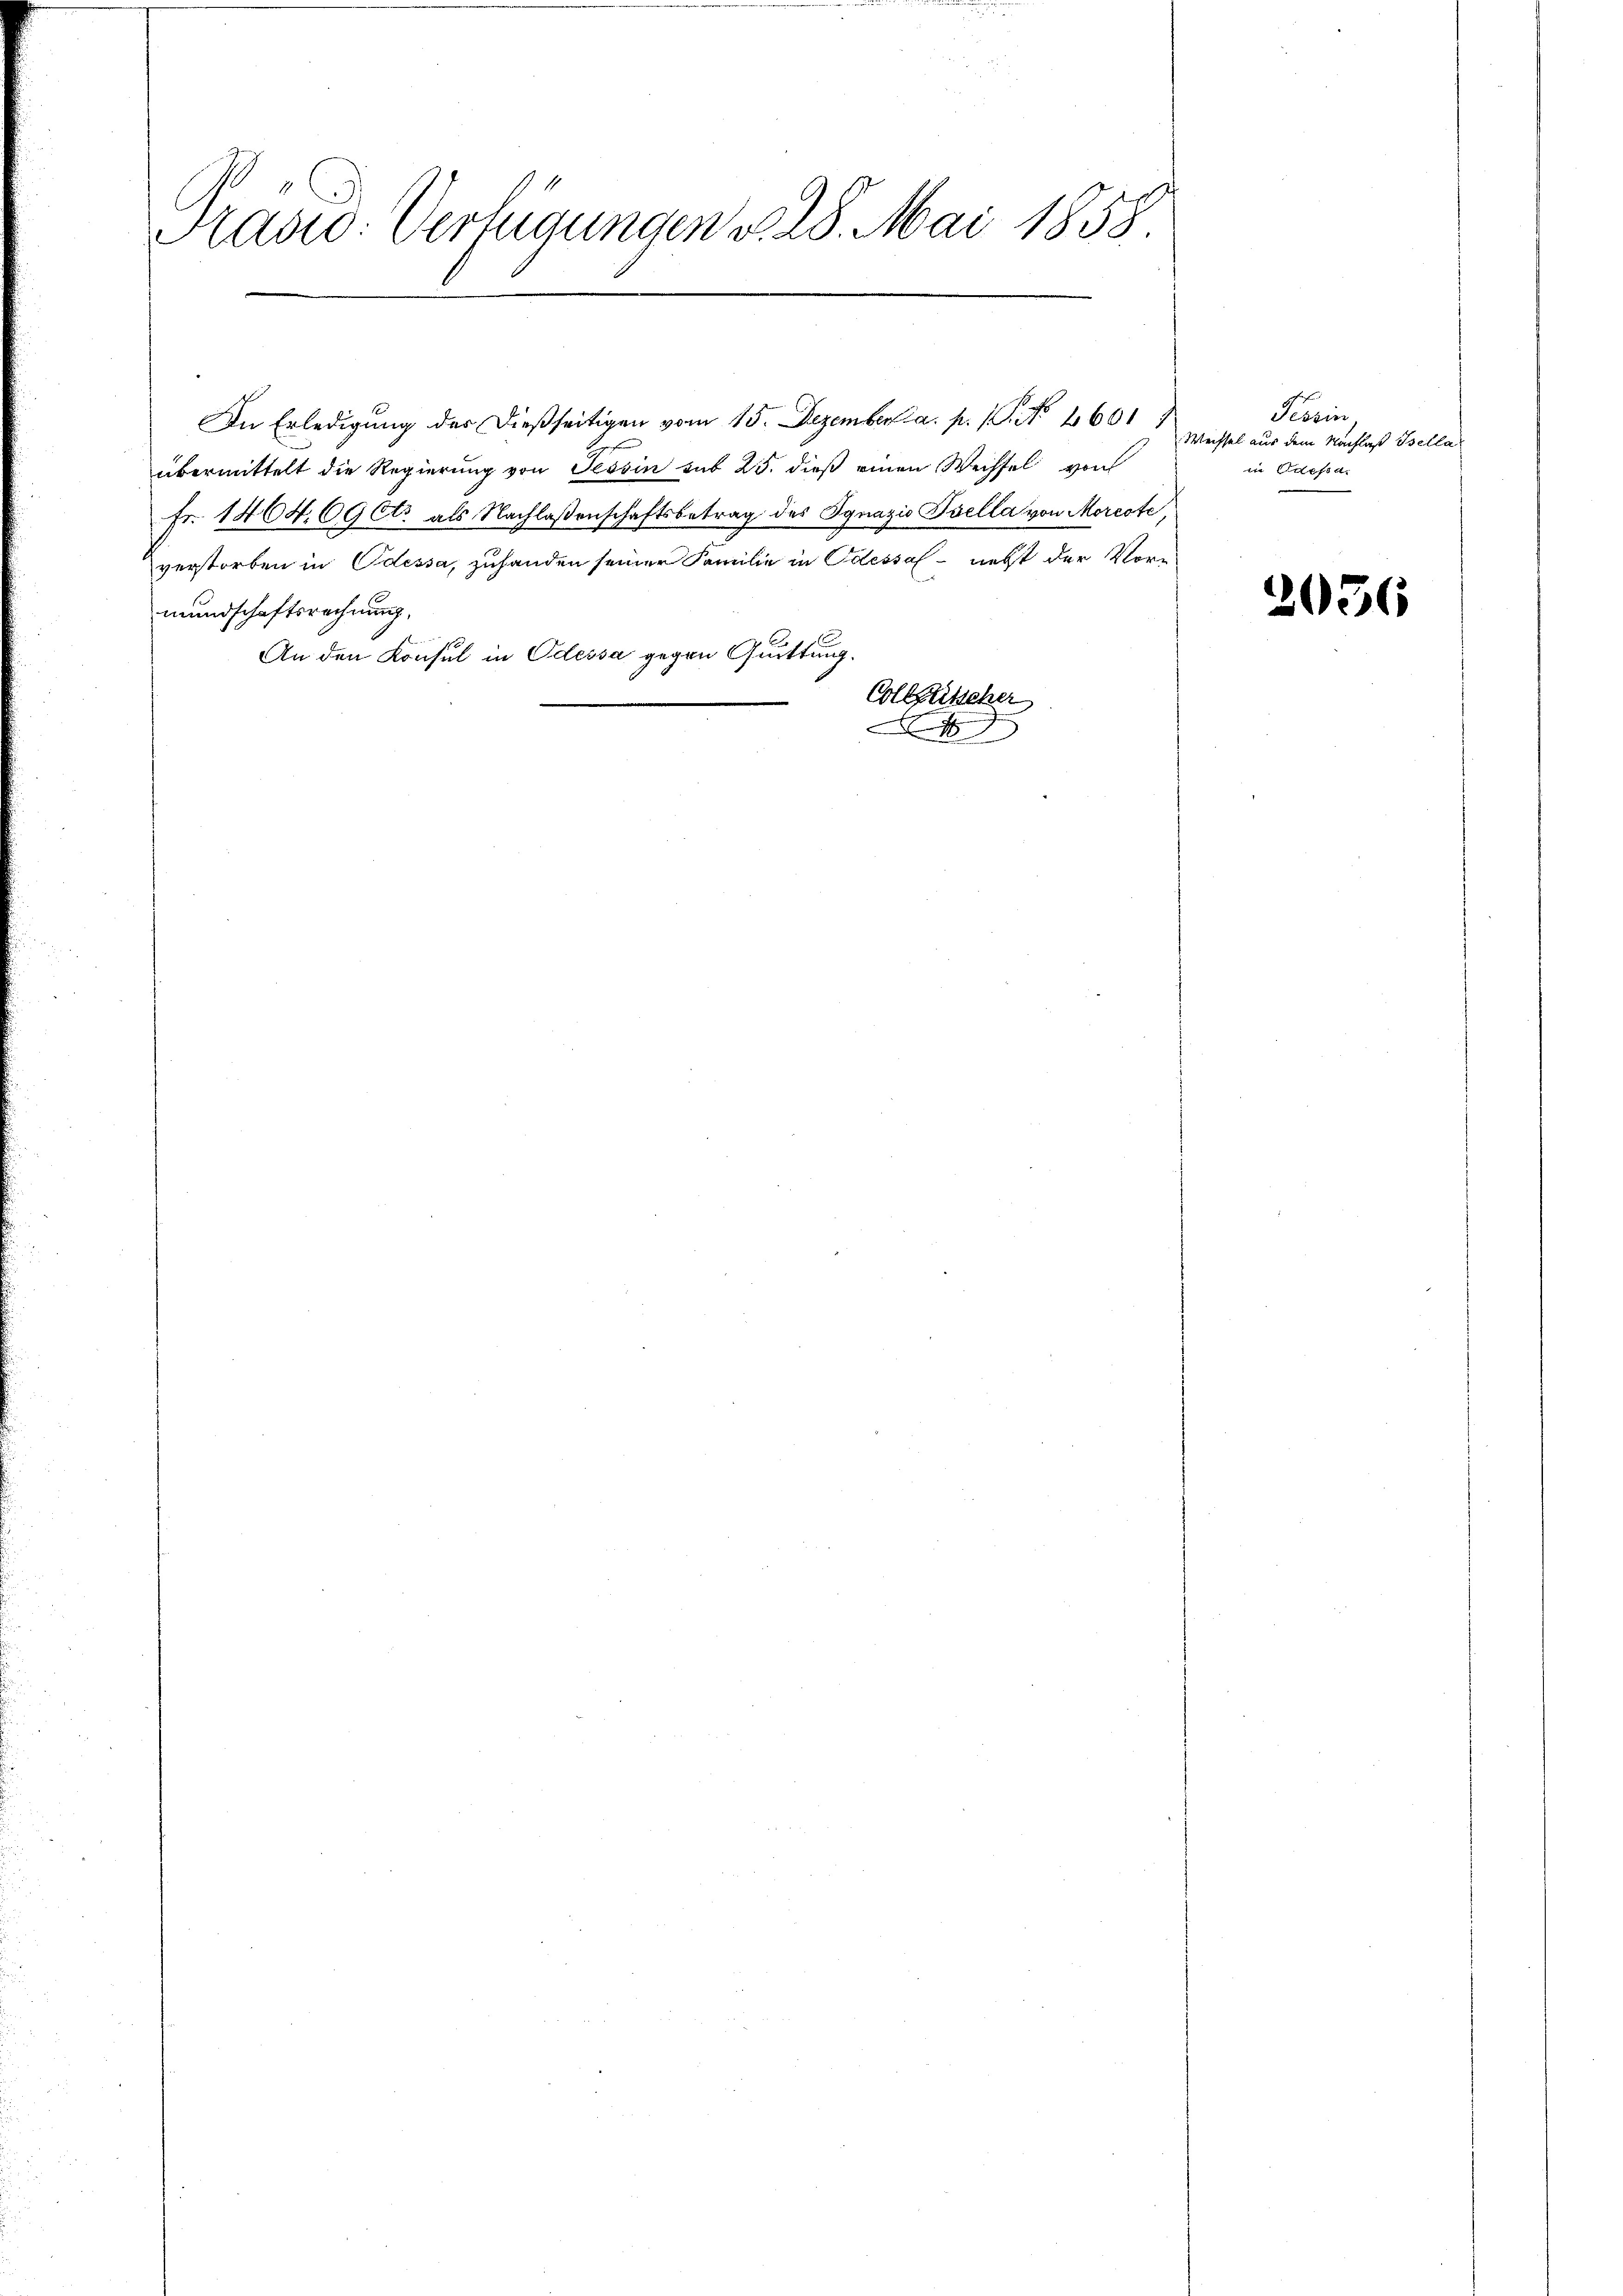
Radio: Verlegungen v. 28. Mai 1858

In Erledigung der dießseitigen vom 15. Dezember a. p. 1. No. 1601,
übermittelt die Regierung von Tessin sub 25. dieß einen Wechsel von
Fr. 1404. 69 Cts. als Nachlaßenschaftsbetrag des Ignazio Sella von Morcote,
verstorben in Odessa, zuhanden seiner Familie in Odessel- nebst der Vor-
mundschaftsrechnung,
An den Konsul in Odessa gegen Quittung.
Collfüscher

Forin
Weissel aus dem Nachlaß Bella
in Odessa.

2056